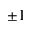
\pm 1